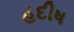
હદીષ